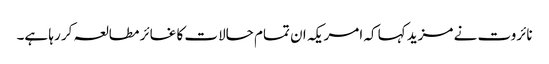
نائروت نے مزید کہا کہ امریکہ ان تمام حالات کا غائر مطالعہ کر رہا ہے۔